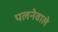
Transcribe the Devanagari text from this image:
पलनेवाले